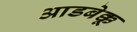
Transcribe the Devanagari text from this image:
आडबेक्कू